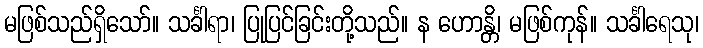
မဖြစ်သည်ရှိသော်။ သင်္ခါရာ၊ ပြုပြင်ခြင်းတို့သည်။ န ဟောန္တိ၊ မဖြစ်ကုန်။ သင်္ခါရေသု၊